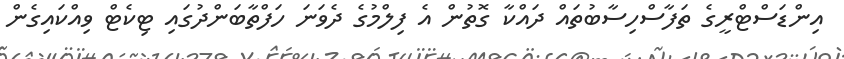
އިންޑަސްޓްރީގެ ތަފާސްހިސާބުތައް ދައްކާ ގޮތުން އެ ފިލްމުގެ ދެވަނަ ހަފްތާބަންދުގައި ޓިކެޓް ވިއްކައިގެން